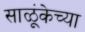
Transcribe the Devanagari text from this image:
साळूंकेच्या